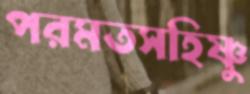
পরমতসহিষ্ণু